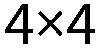
4×4